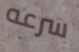
سرعه